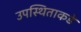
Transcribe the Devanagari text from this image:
उपस्थिताकडे